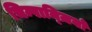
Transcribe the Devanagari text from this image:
चिम्पान्ज़ियों